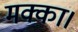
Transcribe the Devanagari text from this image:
मक्का।